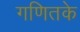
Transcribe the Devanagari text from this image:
गणितके